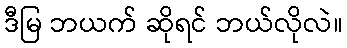
ဒီမြ ဘယက် ဆိုရင် ဘယ်လိုလဲ။